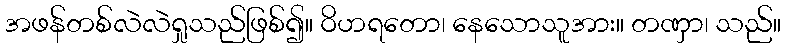
အဖန်တစ်လဲလဲရှုသည်ဖြစ်၍။ ဝိဟရတော၊ နေသောသူအား။ တဏှာ၊ သည်။